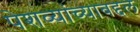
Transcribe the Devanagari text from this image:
पेशव्यांच्याबद्दल